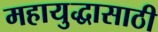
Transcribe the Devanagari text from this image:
महायुद्धासाठी